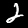
Digit: 2